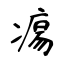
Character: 痬